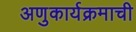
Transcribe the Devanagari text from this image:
अणुकार्यक्रमाची